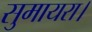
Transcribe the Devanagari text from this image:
सुमायरा।